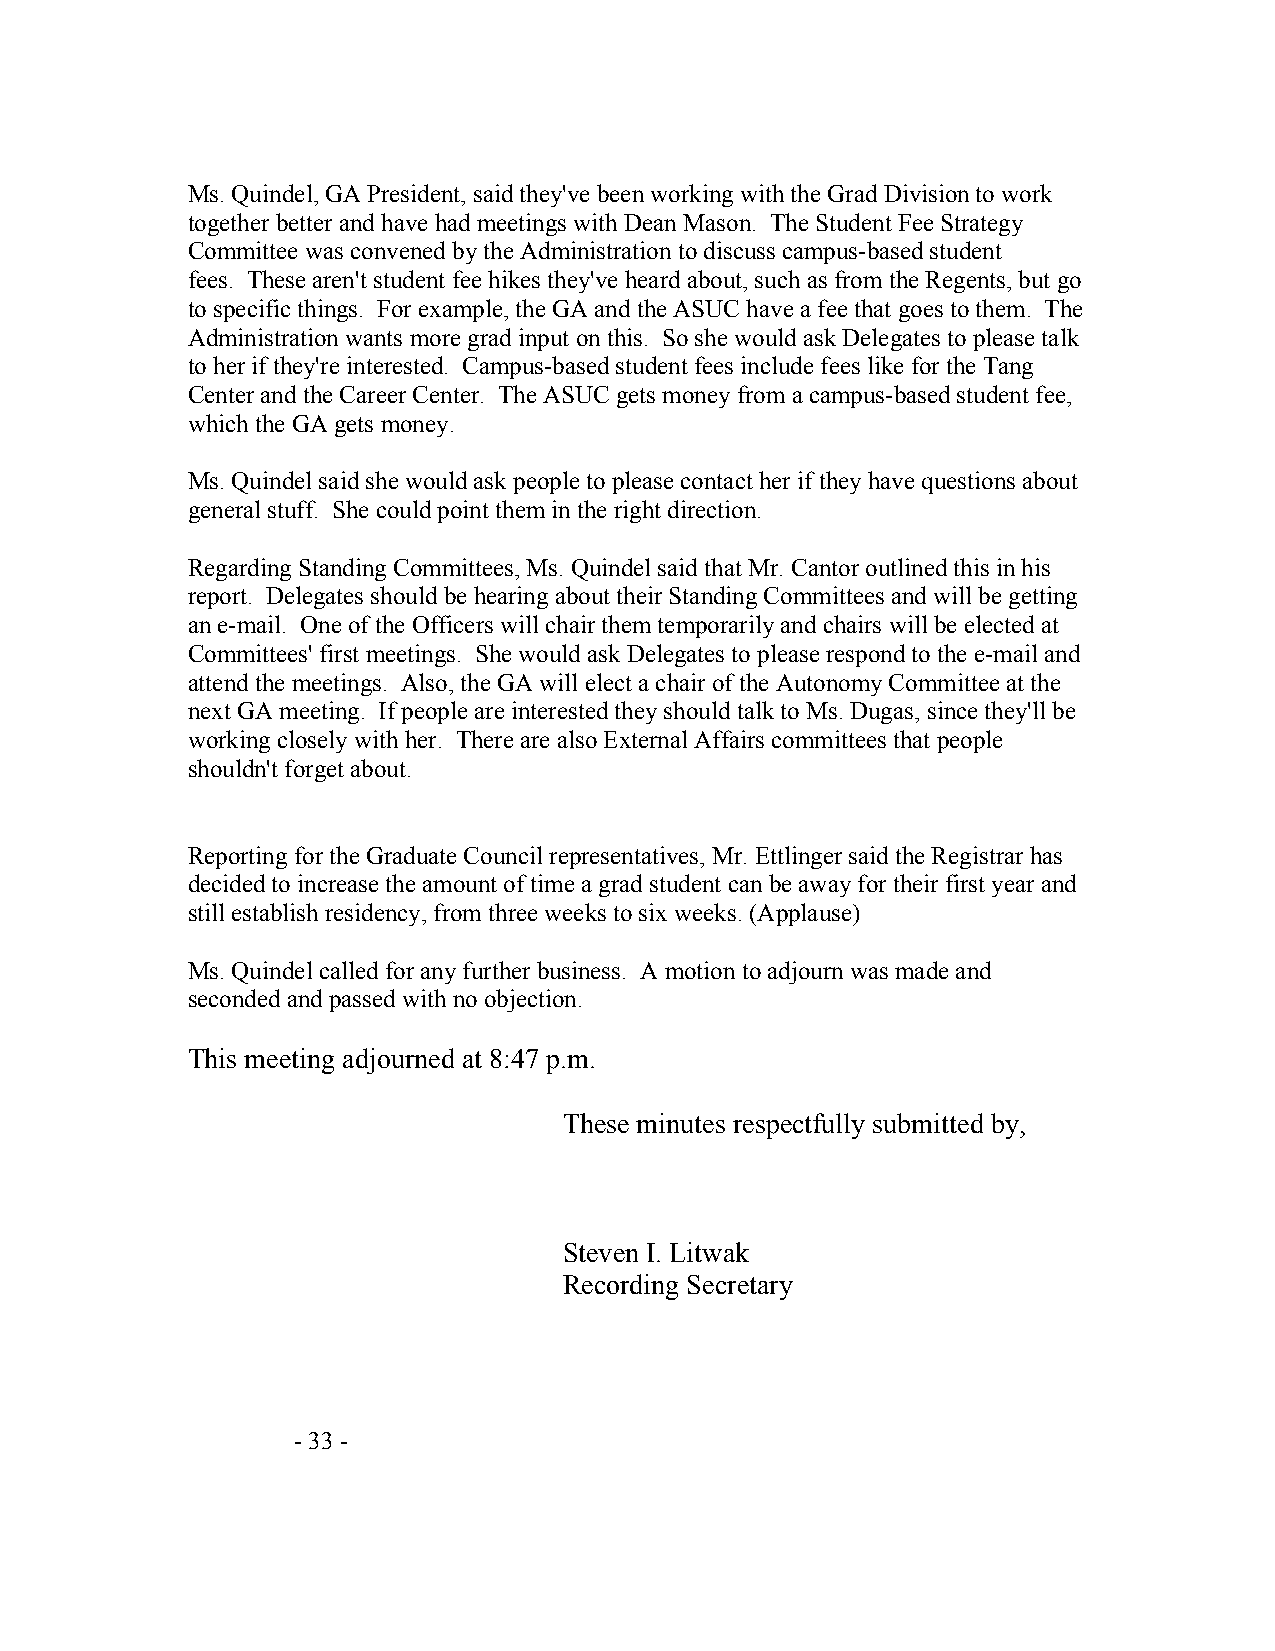
Ms. Quindel, GA President, said they've been working with the Grad Division to work
 together better and have had meetings with Dean Mason. The Student Fee Strategy
 Committee was convened by the Administration to discuss campus-based student
 fees. These aren't student fee hikes they've heard about, such as from the Regents, but go
 to specific things. For example, the GA and the ASUC have a fee that goes to them. The
 Administration wants more grad input on this. So she would ask Delegates to please talk
 to her if they're interested. Campus-based student fees include fees like for the Tang
 Center and the Career Center. The ASUC gets money from a campus-based student fee,
 which the GA gets money.
 Ms. Quindel said she would ask people to please contact her if they have questions about
 general stuff. She could point them in the right direction.
 Regarding Standing Committees, Ms. Quindel said that Mr. Cantor outlined this in his
 report. Delegates should be hearing about their Standing Committees and will be getting
 an e-mail. One of the Officers will chair them temporarily and chairs will be elected at
 Committees' first meetings. She would ask Delegates to please respond to the e-mail and
 attend the meetings. Also, the GA will elect a chair of the Autonomy Committee at the
 next GA meeting. If people are interested they should talk to Ms. Dugas, since they'll be
 working closely with her. There are also External Affairs committees that people
 shouldn't forget about.
 Reporting for the Graduate Council representatives, Mr. Ettlinger said the Registrar has
 decided to increase the amount of time a grad student can be away for their first year and
 still establish residency, from three weeks to six weeks. (Applause)
 Ms. Quindel called for any further business. A motion to adjourn was made and
 seconded and passed with no objection.
 This meeting adjourned at 8:47 p.m.
 These minutes respectfully submitted by,
 Steven I. Litwak
 Recording Secretary
 - 33 -